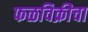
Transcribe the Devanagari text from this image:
फळविक्रीचा